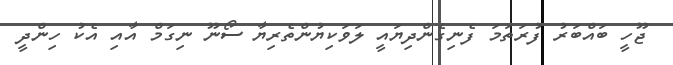
ޖޫހީ ބައްބަރު ފުރަތަމަ ފެނިގެންދިޔައީ ލަވަކިޔުންތެރިޔާ ސޯނޫ ނިގަމް އާއި އެކު ހިންދީ